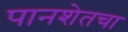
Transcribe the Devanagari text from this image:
पानशेतचा